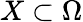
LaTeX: X\subset\Omega